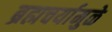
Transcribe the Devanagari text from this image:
ब्रह्मचर्यामुळे